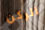
الركن